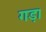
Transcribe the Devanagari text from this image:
गड़।